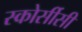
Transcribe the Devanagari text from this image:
स्कोर्सीसी